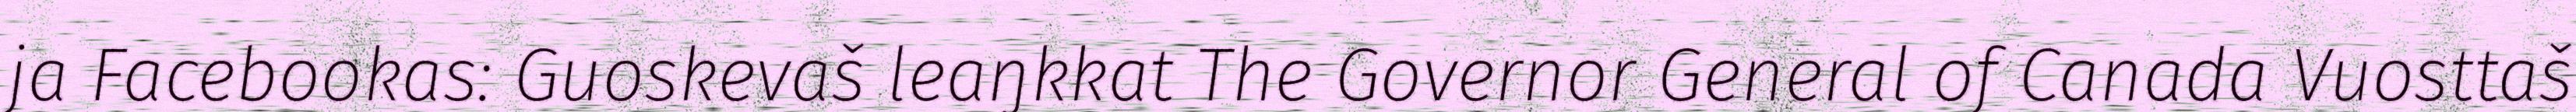
ja Facebookas: Guoskevaš leaŋkkat The Governor General of Canada Vuosttaš